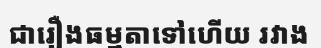
ជារឿងធម្មតាទៅហើយ រវាង